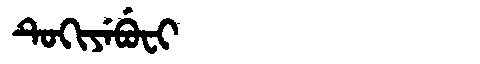
Manchu: ᡨᡠᡴᡳᠶᡝᠪᡠᠸᡳ
Romanization: TUKIYEBUFI